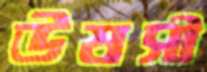
উষসী